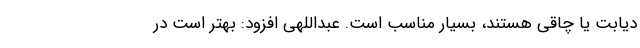
دیابت یا چاقی هستند، بسیار مناسب است. عبداللهی افزود: بهتر است در